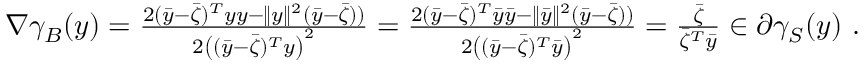
\begin{array} { r } { \nabla \gamma _ { B } ( y ) = \frac { 2 ( \bar { y } - \bar { \zeta } ) ^ { T } y y - \| y \| ^ { 2 } ( \bar { y } - \bar { \zeta } ) ) } { 2 \left( ( \bar { y } - \bar { \zeta } ) ^ { T } y \right) ^ { 2 } } = \frac { 2 ( \bar { y } - \bar { \zeta } ) ^ { T } \bar { y } \bar { y } - \| \bar { y } \| ^ { 2 } ( \bar { y } - \bar { \zeta } ) ) } { 2 \left( ( \bar { y } - \bar { \zeta } ) ^ { T } \bar { y } \right) ^ { 2 } } = \frac { \bar { \zeta } } { \bar { \zeta } ^ { T } \bar { y } } \in \partial \gamma _ { S } ( y ) \ . } \end{array}